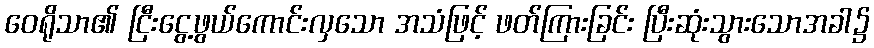
ဝေရိုသာ၏ ငြီးငွေ့ဖွယ်ကောင်းလှသော အသံဖြင့် ဖတ်ကြားခြင်း ပြီးဆုံးသွားသောအခါ၌